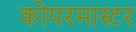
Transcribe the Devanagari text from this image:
कोयरमास्टर